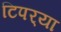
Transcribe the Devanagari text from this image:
टिपर्‍या